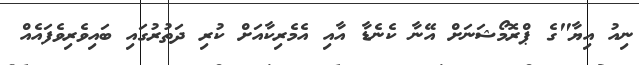
ނިއު އިޔާ"ގެ ޕްރޮމޯޝަނަށް އޭނާ ކެނެޑާ އާއި އެމެރިކާއަށް ކުރި ދަތުރުގައި ބައިވެރިވެފައެއް